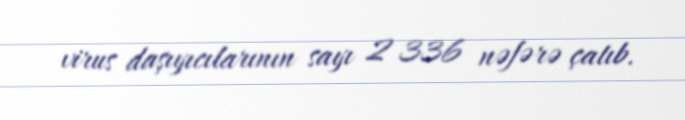
virus daşıyıcılarının sayı 2 336 nəfərə çatıb.